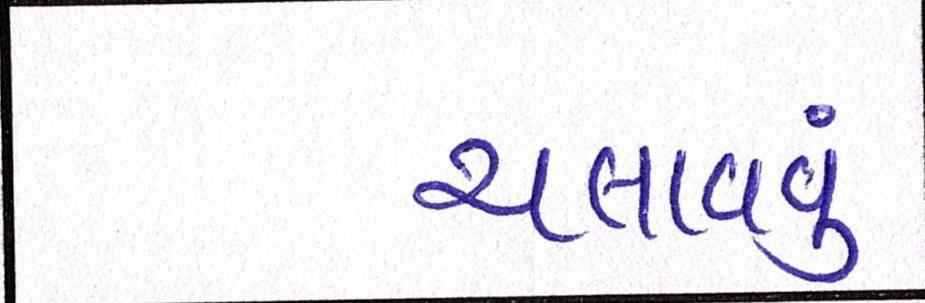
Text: ચલાવવું